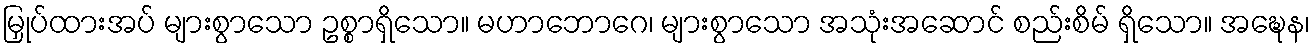
မြှုပ်ထားအပ် များစွာသော ဥစ္စာရှိသော။ မဟာဘောဂေ၊ များစွာသော အသုံးအဆောင် စည်းစိမ် ရှိသော။ အဍ္ဎေန၊